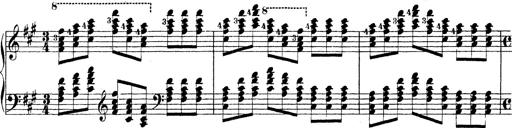
Title: Technische Studien
Composer: Franz Liszt